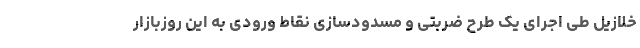
خلازیل طی اجرای یک طرح ضربتی و مسدودسازی نقاط ورودی به این روزبازار